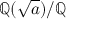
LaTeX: \mathbb { Q } ( { \sqrt { a } } ) / \mathbb { Q }